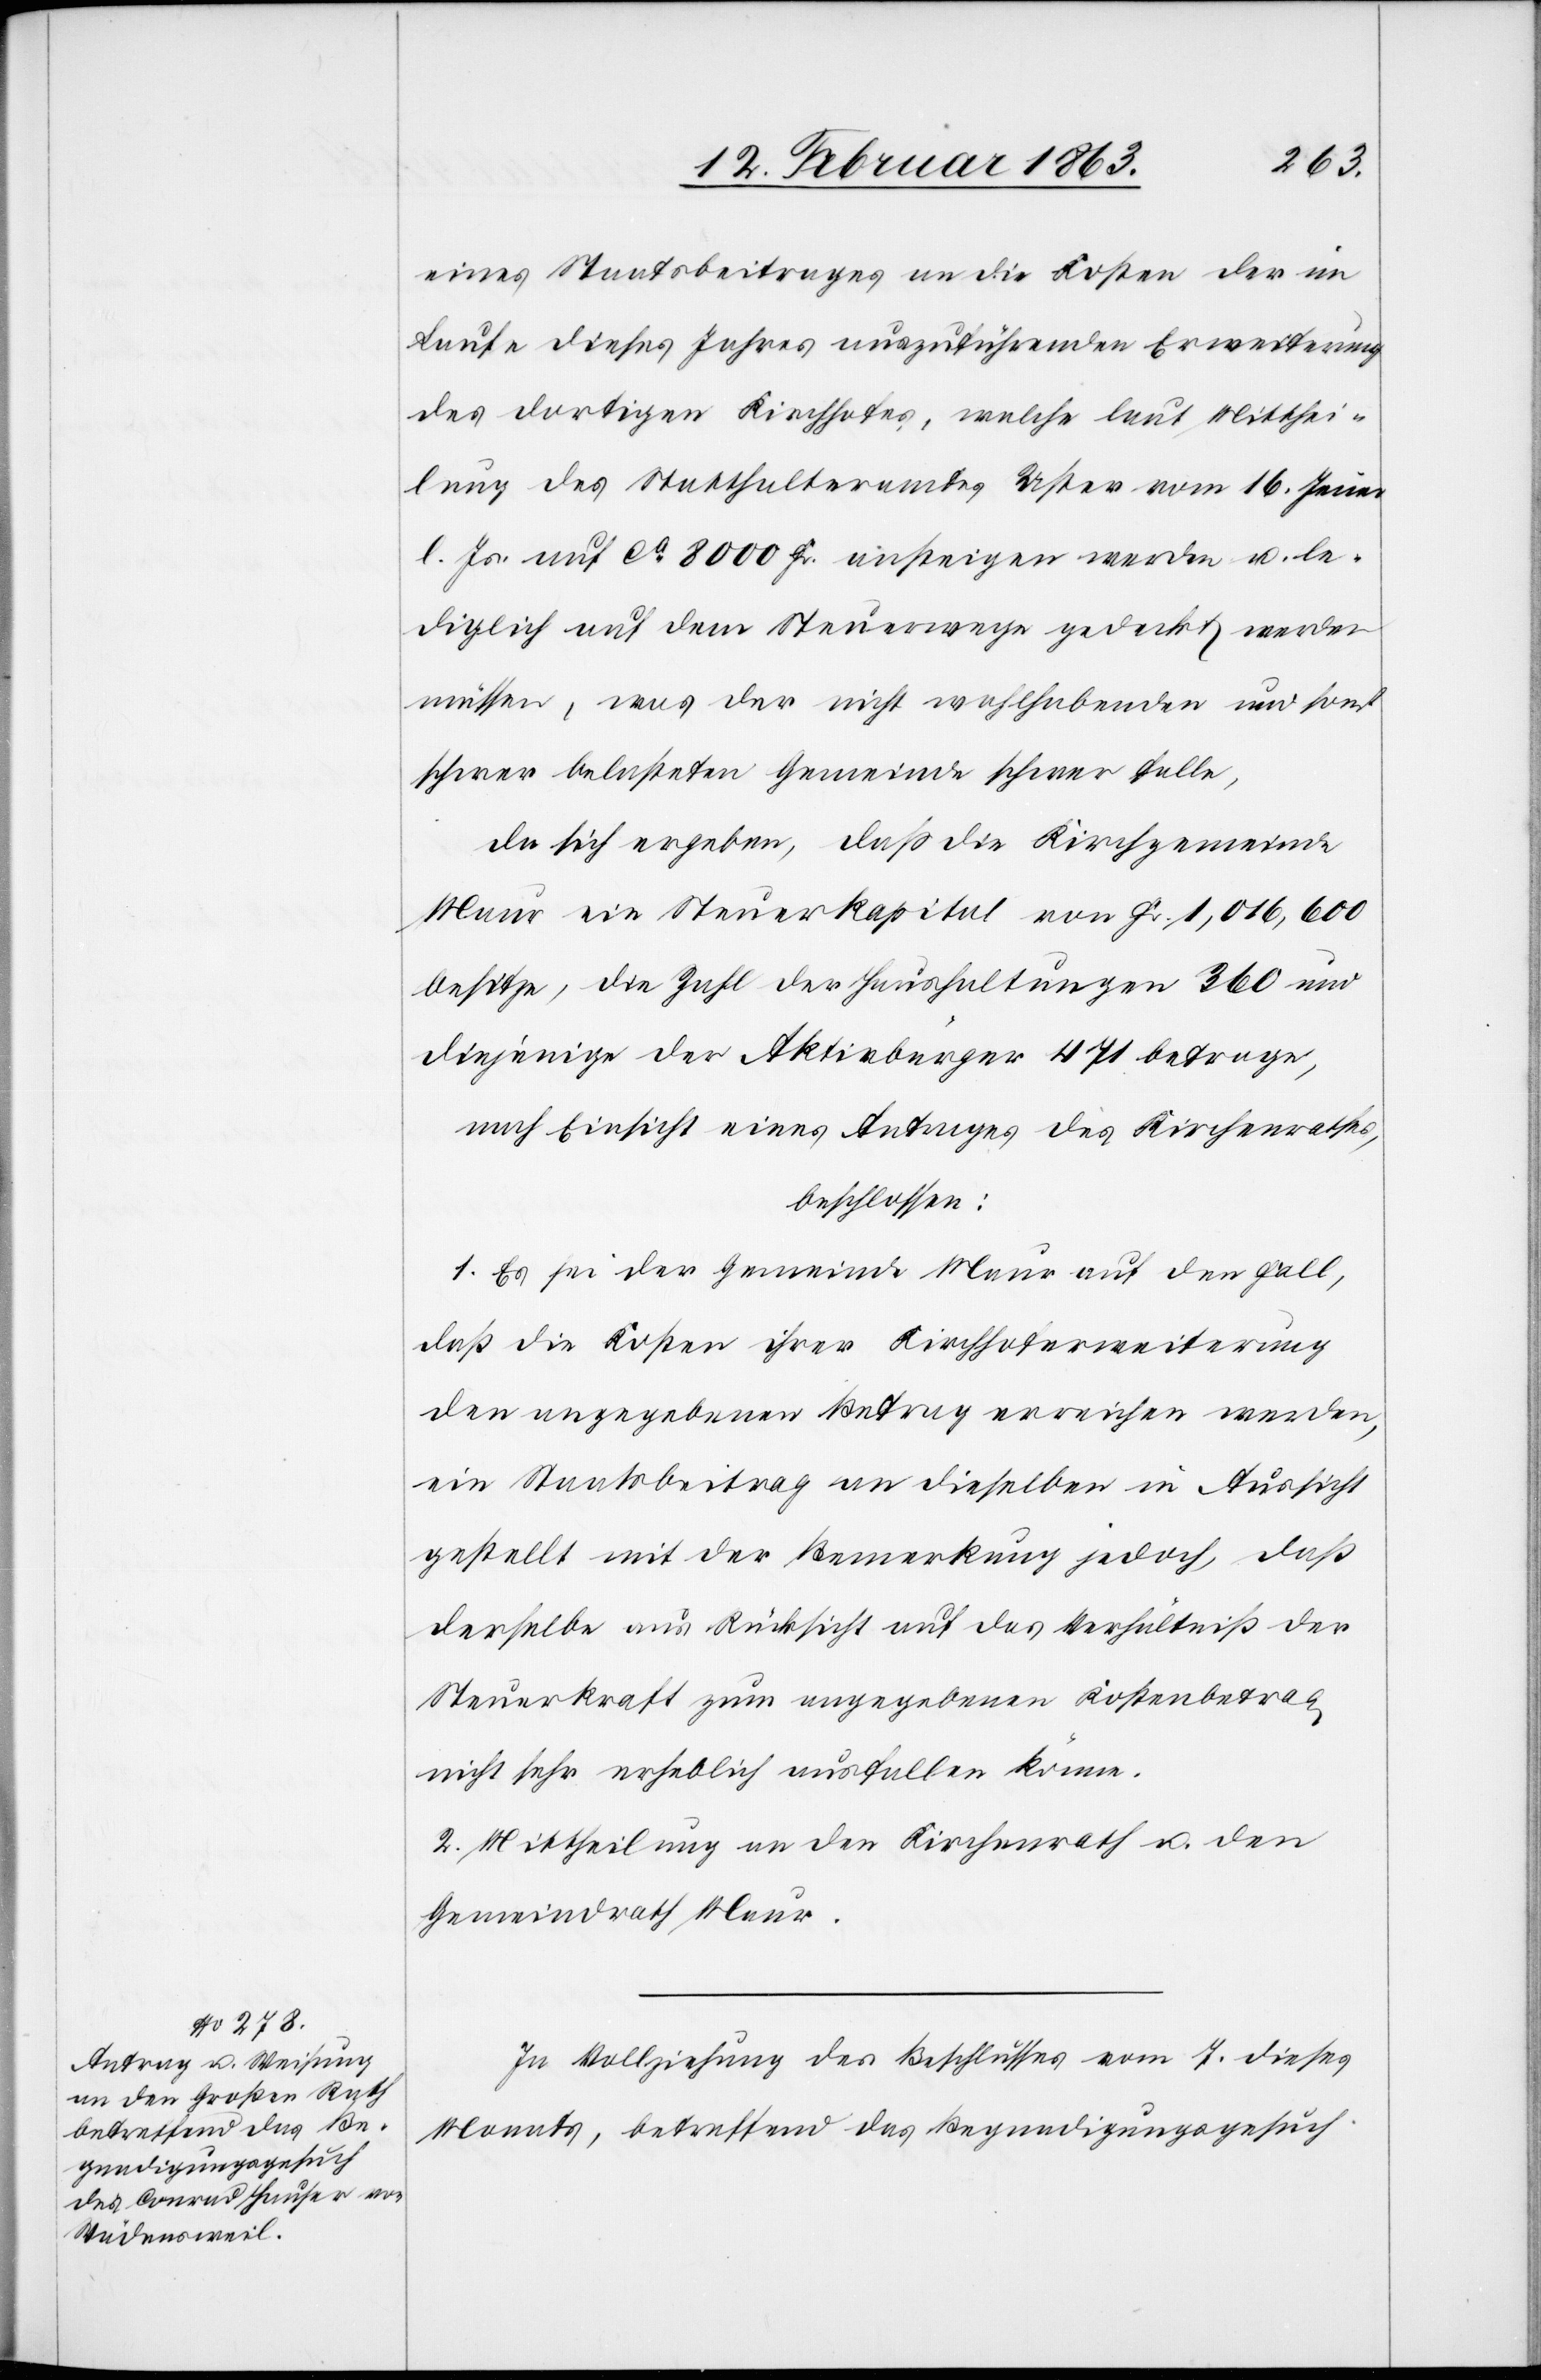
eines Staatsbeitrages an die Kosten der im
Laufe dieses Jahres auszuführenden Erweiterung
des dortigen Kirchhofes, welche laut Mitthei¬
lung des Statthalteramtes Uster vom 16. Jenner
l. Js. auf ca 8000 Fr. ansteigen werde u. le¬
diglich auf dem Steuerwege gedeckt werden
müssen, was der nicht wohlhabenden und sonst
schwer belasteten Gemeinde schwer falle,
da sich ergeben, daß die Kirchgemeinde
Maur ein Steuerkapital von Fr. 1,016,600
besitze, die Zahl der Haushaltungen 360 und
diejenige der Aktivbürger 471 betrage,
nach Einsicht eines Antrages des Kirchenrathes,
beschlossen:
1. Es sei der Gemeinde Maur auf den Fall,
daß die Kosten ihrer Kirchhoferweiterung
den angegebenen Betrag erreichen werden,
ein Staatsbeitrag an dieselben in Aussicht
gestellt mit der Bemerkung jedoch, daß
derselbe aus Rücksicht auf das Verhältniß der
Steuerkraft zum angegebenen Kostenbetrag
nicht sehr erheblich ausfallen könne.
2. Mittheilung an den Kirchenrath u. den
Gemeindrath Maur.
In Vollziehung des Beschlusses vom 7. dieses
Monats, betreffend das Begnadigungsgesuch